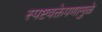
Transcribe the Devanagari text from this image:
स्पष्टवक्तेपणामुळे